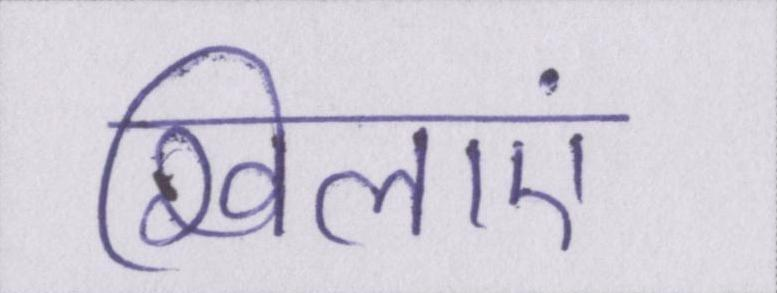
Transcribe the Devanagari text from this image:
खिलाएं